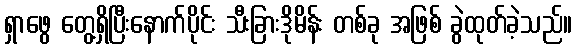
ရှာဖွေ တွေ့ရှိပြီးနောက်ပိုင်း သီးခြားဒိုမိန်း တစ်ခု အဖြစ် ခွဲထုတ်ခဲ့သည်။